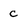
Character: c